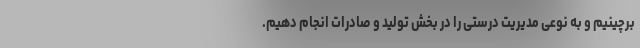
برچینیم و به نوعی مدیریت درستی را در بخش تولید و صادرات انجام دهیم.